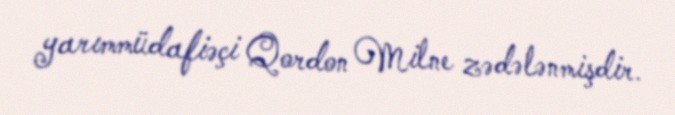
yarımmüdafiəçi Qordon Milne zədələnmişdir.